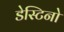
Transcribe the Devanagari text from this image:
डेस्टिनो